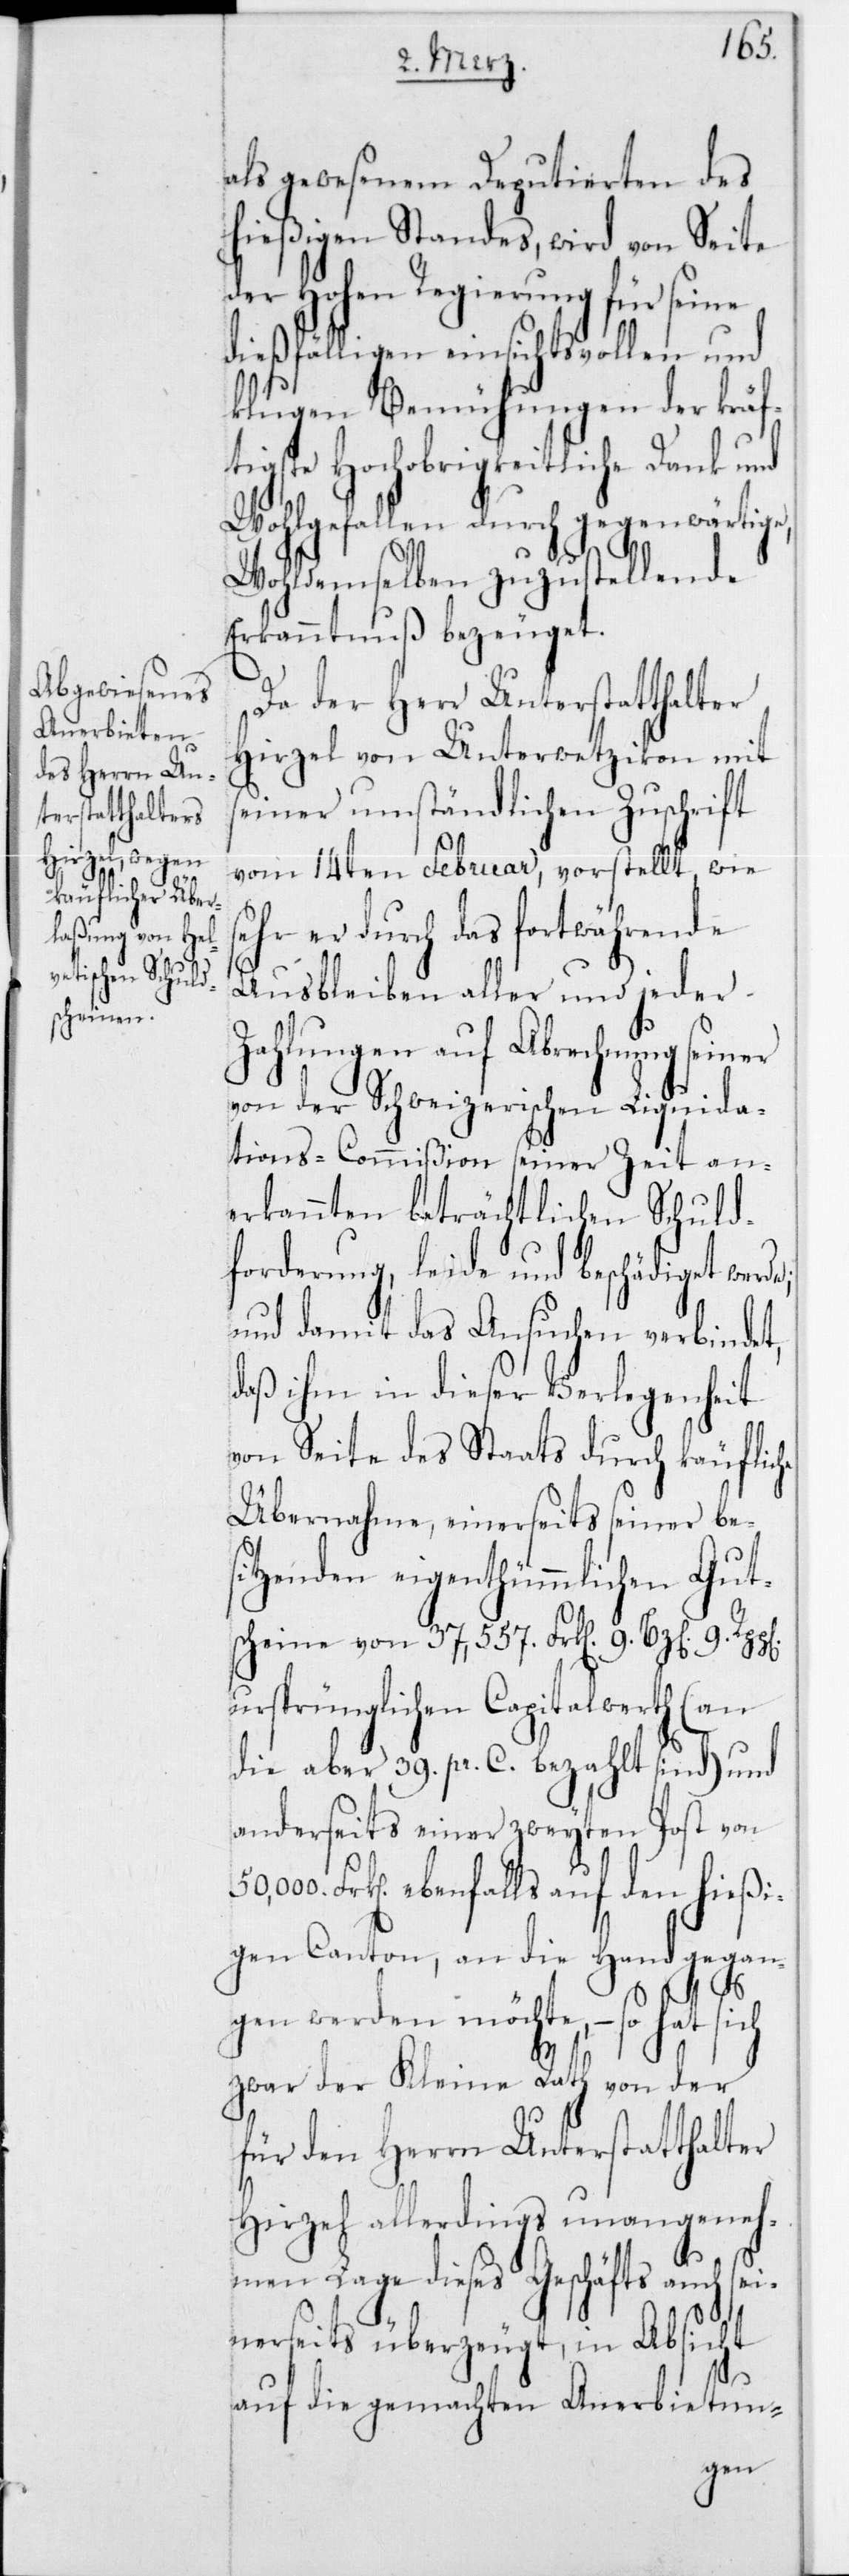
als gewesenen Deputierten des
hießigen Standes, wird von Seite
der Hohen Regierung für seine
dießfälligen einsichtsvollen und
klugen Bemühungen der kräf¬
tigste Hochobrigkeitliche Dank und
Wohlgefallen durch gegenwärtige,
Wohldemselben zuzustellende
Erkanntnuß bezeuget.
Da der Herr Unterstatthalter
Hirzel von Unterwetzikon mit
einer umständlichen Zuschrift
vom 14ten Februar, vorstellt, wie
sehr er durch das fortwährende
Ausbleiben aller und jeder
Zahlungen auf Abrechnung seiner
von der Schweizerischen Liquida¬
tions-Commißion seiner Zeit an¬
erkannten beträchtlichen Schuld¬
forderung, leide und beschädiget werd¬
und damit das Ansuchen verbindet,
daß ihm in dieser Verlegenheit
von Seite des Staats durch käufliche
Übernahme, einerseits seiner bes¬
itzenden eigenthümmlichen Gut¬
scheine von 37,557 Frk. 9 Bz[en] 9
ursprünglichen Capitalwerth (an
die aber 39 pr. C. bezahlt sind) und
anderseits einer zweyten Post von
Frk. ebenfalls auf den hießi¬
gen Canton, an die Hand gegan¬
gen werden möchte, – so hat sich
e;
zwar der Kleine Rath von der
für den Herrn Unterstatthalter
Hirzel allerdings unangeneh¬
men Lage dieses Geschäfts auch s¬
einerseits überzeugt, in Absicht
auf die gemachten Anerbietun-